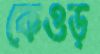
কেওড়